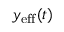
y _ { \mathrm { e f f } } ( t )